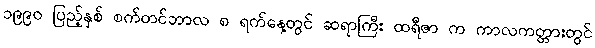
၁၉၉၀ ပြည့်နှစ် စက်တင်ဘာလ ၈ ရက်နေ့တွင် ဆရာကြီး ထရီဇာ က ကာလကတ္တားတွင်